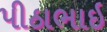
પીઠાભાઇ